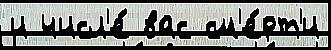
и числ'е́ вас см'е́рт'и